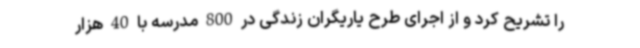
را تشریح کرد و از اجرای طرح یاریگران زندگی در 800 مدرسه با 40 هزار